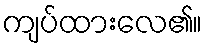
ကျပ်ထားလေ၏။